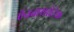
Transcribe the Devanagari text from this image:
ऍनवायरोटेक